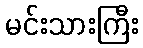
မင်းသားကြီး